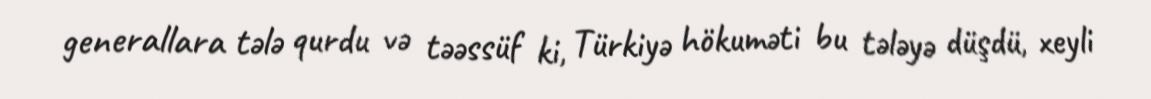
generallara tələ qurdu və təəssüf ki, Türkiyə hökuməti bu tələyə düşdü, xeyli